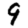
Digit: 9